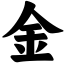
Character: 金